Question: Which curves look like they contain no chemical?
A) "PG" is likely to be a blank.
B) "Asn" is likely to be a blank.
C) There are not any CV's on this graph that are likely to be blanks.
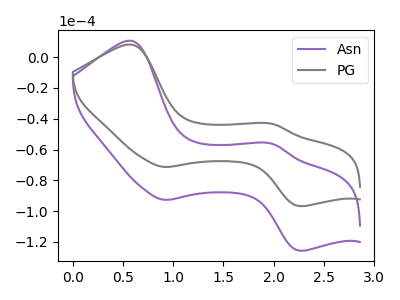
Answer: <think>The purple curve "Asn" has anodic peaks at (0.60V, 10.65uA) (2.00V, -56.40uA) and cathodic peaks at (0.90V, -92.70uA) (2.25V, -125.75uA). The gray curve "PG" has anodic peaks at (0.60V, 8.20uA) (2.00V, -43.40uA) and cathodic peaks at (0.90V, -71.30uA) (2.25V, -96.75uA).</think>
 <answer>C) There are not any CV's on this graph that are likely to be blanks.</answer>
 <eval>C</eval>